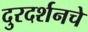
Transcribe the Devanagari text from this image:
दुरदर्शनचे